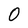
Character: 0